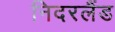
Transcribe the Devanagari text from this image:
निदरलैंड